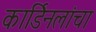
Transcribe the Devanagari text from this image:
कार्डिनलांचा